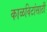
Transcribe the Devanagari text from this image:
काळविटांसाठी